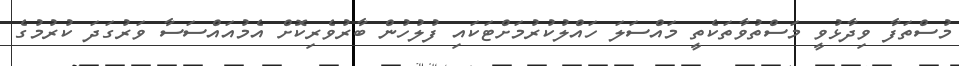
މުސްތަފާ ވިދާޅުވީ މަސްތުވާތަކެތީ މައްސަލަ ހައްލުކުރުމަށްޓަކައި ފުލުހުން ބާރުވެރިކޮށް އެމުއައްސަސާ ވަރުގަދަ ކުރުމުގެ